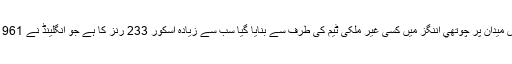
اس میدان پر چوتھي اننگز میں کسی غیر ملکی ٹیم کی طرف سے بنایا گیا سب سے زیادہ اسكور 233 رنز کا ہے جو انگلینڈ نے 1961۔